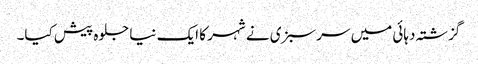
گزشتہ دہائی میں سرسبزی نے شہر کا ایک نیا جلوہ پیش کیا۔